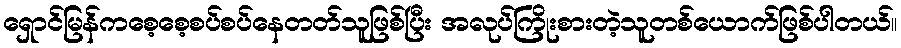
ရှောင်မြန်ကစေ့စေ့စပ်စပ်နေတတ်သူဖြစ်ပြီး အလုပ်ကြိုးစားတဲ့သူတစ်ယောက်ဖြစ်ပါတယ်။